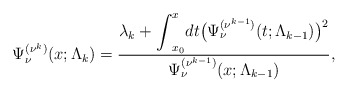
\begin{gather*} \Psi _{\nu }^{( \nu ^{k}) }(x;\Lambda _{k})=\frac{\lambda _{k}+{\displaystyle \int}_{x_{0}}^{x}dt\big( \Psi _{\nu }^{( \nu ^{k-1}) }(t;\Lambda _{k-1})\big) ^{2}}{\Psi _{\nu }^{( \nu ^{k-1}) }(x;\Lambda _{k-1})}, \end{gather*}